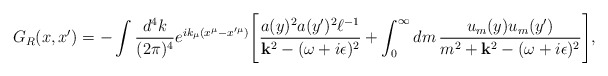
\begin{align*}G_R(x,x')=-\int {d^4 k \over (2\pi)^4}e^{ik_{\mu}(x^{\mu}-x'{}^{\mu})}\Biggl[{a(y)^2 a(y')^2 \ell^{-1}\over {\bf k}^2-(\omega+i\epsilon)^2}+\int_0^{\infty} dm\, {u_m(y) u_m(y')\over m^2+{\bf k}^2-(\omega+i\epsilon)^2}\Biggr],\end{align*}